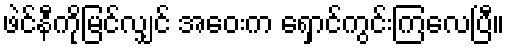
ဖဲင်နီကိုမြင်လျှင် အဝေးက ရှောင်ကွင်းကြလေပြီ။